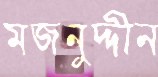
মজনুদ্দীন